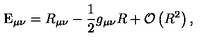
\mathrm { E } _ { \mu \nu } = R _ { \mu \nu } - \frac { 1 } { 2 } g _ { \mu \nu } R + { \cal O } \left( R ^ { 2 } \right) , \qquad